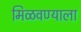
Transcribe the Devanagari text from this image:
मिळवण्याला